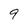
Character: 9